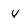
Character: 4